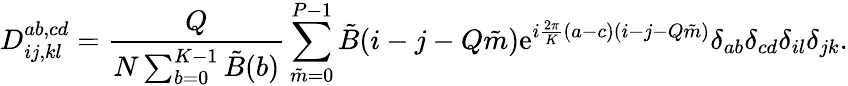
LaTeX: D_{ij,kl}^{ab,cd}={\frac{Q}{N\sum_{b=0}^{K-1}\tilde{B}(b)}}\sum_{\tilde{m}=0}^{P-1}\tilde{B}(i-j-Q\tilde{m})\mathrm{e}^{i{\frac{2\pi}{K}}(a-c)(i-j-Q\tilde{m})}\delta_{ab}\delta_{cd}\delta_{il}\delta_{jk}.